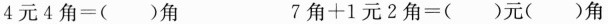
$$4元4角=()角$$ $$7角+1元2角=()元()角$$